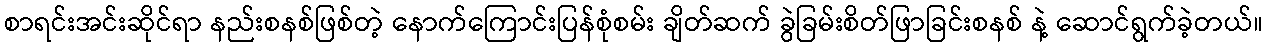
စာရင်းအင်းဆိုင်ရာ နည်းစနစ်ဖြစ်တဲ့ နောက်ကြောင်းပြန်စုံစမ်း ချိတ်ဆက် ခွဲခြမ်းစိတ်ဖြာခြင်းစနစ် နဲ့ ဆောင်ရွက်ခဲ့တယ်။